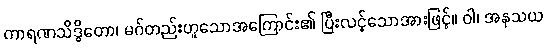
ကာရဏသိဒ္ဓိတော၊ မဂ်တည်းဟူသောအကြောင်း၏ ပြီးလင့်သောအားဖြင့်။ ဝါ၊ အနုသယ